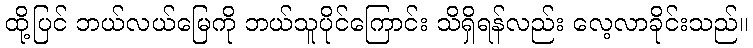
ထို့ပြင် ဘယ်လယ်မြေကို ဘယ်သူပိုင်ကြောင်း သိရှိရန်လည်း လေ့လာခိုင်းသည်။